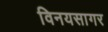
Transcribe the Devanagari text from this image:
विनयसागर